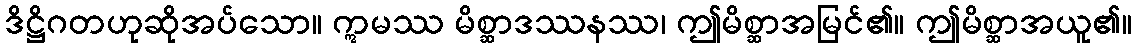
ဒိဋ္ဌိဂတဟုဆိုအပ်သော။ ဣမဿ မိစ္ဆာဒဿနဿ၊ ဤမိစ္ဆာအမြင်၏။ ဤမိစ္ဆာအယူ၏။